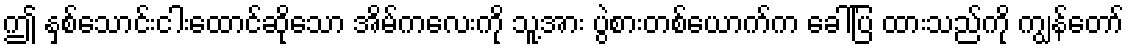
ဤ နှစ်သောင်းငါးထောင်ဆိုသော အိမ်ကလေးကို သူ့အား ပွဲစားတစ်ယောက်က ခေါ်ပြ ထားသည်ကို ကျွန်တော်